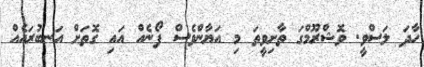
ހާދަ ލަސްވީ. ވޮޝްރޫމްގަ ތާށިވީތަ މި އަޔާންވެސް ފޯނެއް އައި ގޮތަށް އަނބުރައެއް